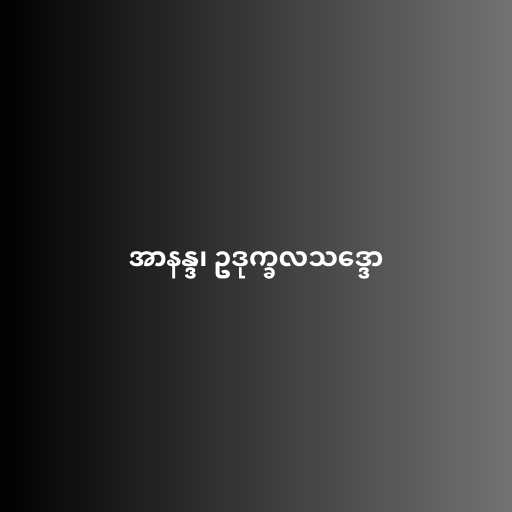
အာနန္ဒ၊ ဥဒုက္ခလသဒ္ဒော